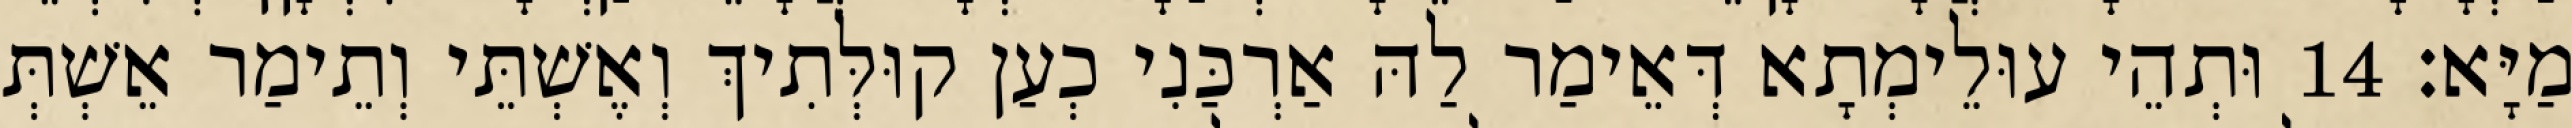
מַיָּא׃ 14 וּתְהֵי עוּלֵימְתָא דְּאֵימַר לַהּ אַרְכַּנִי כְעַן קוּלְּתִיךְ וְאֶשְׁתֵּי וְתֵימַר אֵשְׁתְּ